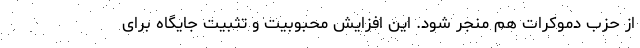
از حزب دموکرات هم منجر شود. این افزایش محبوبیت و تثبیت جایگاه برای